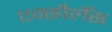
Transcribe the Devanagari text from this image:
एक्सीलेँस